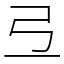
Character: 弖